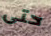
حتى